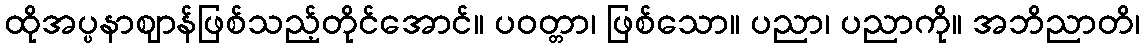
ထိုအပ္ပနာဈာန်ဖြစ်သည့်တိုင်အောင်။ ပဝတ္တာ၊ ဖြစ်သော။ ပညာ၊ ပညာကို။ အဘိညာတိ၊